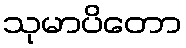
သုမာပိတော